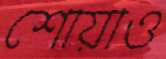
শোয়াও